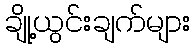
ချို့ယွင်းချက်များ